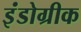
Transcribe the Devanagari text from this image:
इंंडोग्रीक